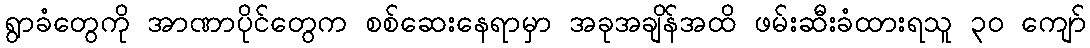
ရွာခံတွေကို အာဏာပိုင်တွေက စစ်ဆေးနေရာမှာ အခုအချိန်အထိ ဖမ်းဆီးခံထားရသူ ၃၀ ကျော်